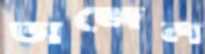
তাজেল